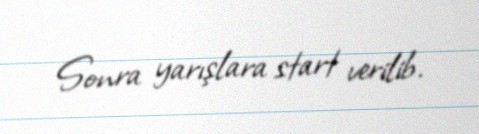
Sonra yarışlara start verilib.